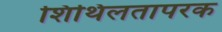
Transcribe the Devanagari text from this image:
शिथिलतापरक